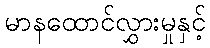
မာနထောင်လွှားမှုနှင့်